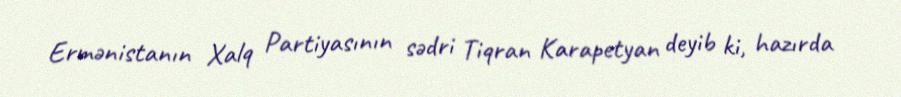
Ermənistanın Xalq Partiyasının sədri Tiqran Karapetyan deyib ki, hazırda